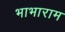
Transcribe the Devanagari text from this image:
भाभाराम